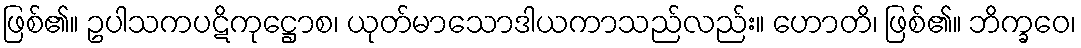
ဖြစ်၏။ ဥပါသကပဋိကုဋ္ဌောစ၊ ယုတ်မာသောဒါယကာသည်လည်း။ ဟောတိ၊ ဖြစ်၏။ ဘိက္ခဝေ၊